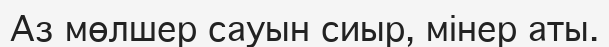
Аз мөлшер сауын сиыр, мінер аты.